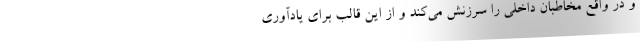
و در واقع مخاطبان داخلی را سرزنش می‌کند و از این قالب برای یادآوری